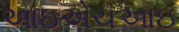
આઇએચઆઇ